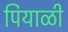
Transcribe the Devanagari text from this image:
पियाळी